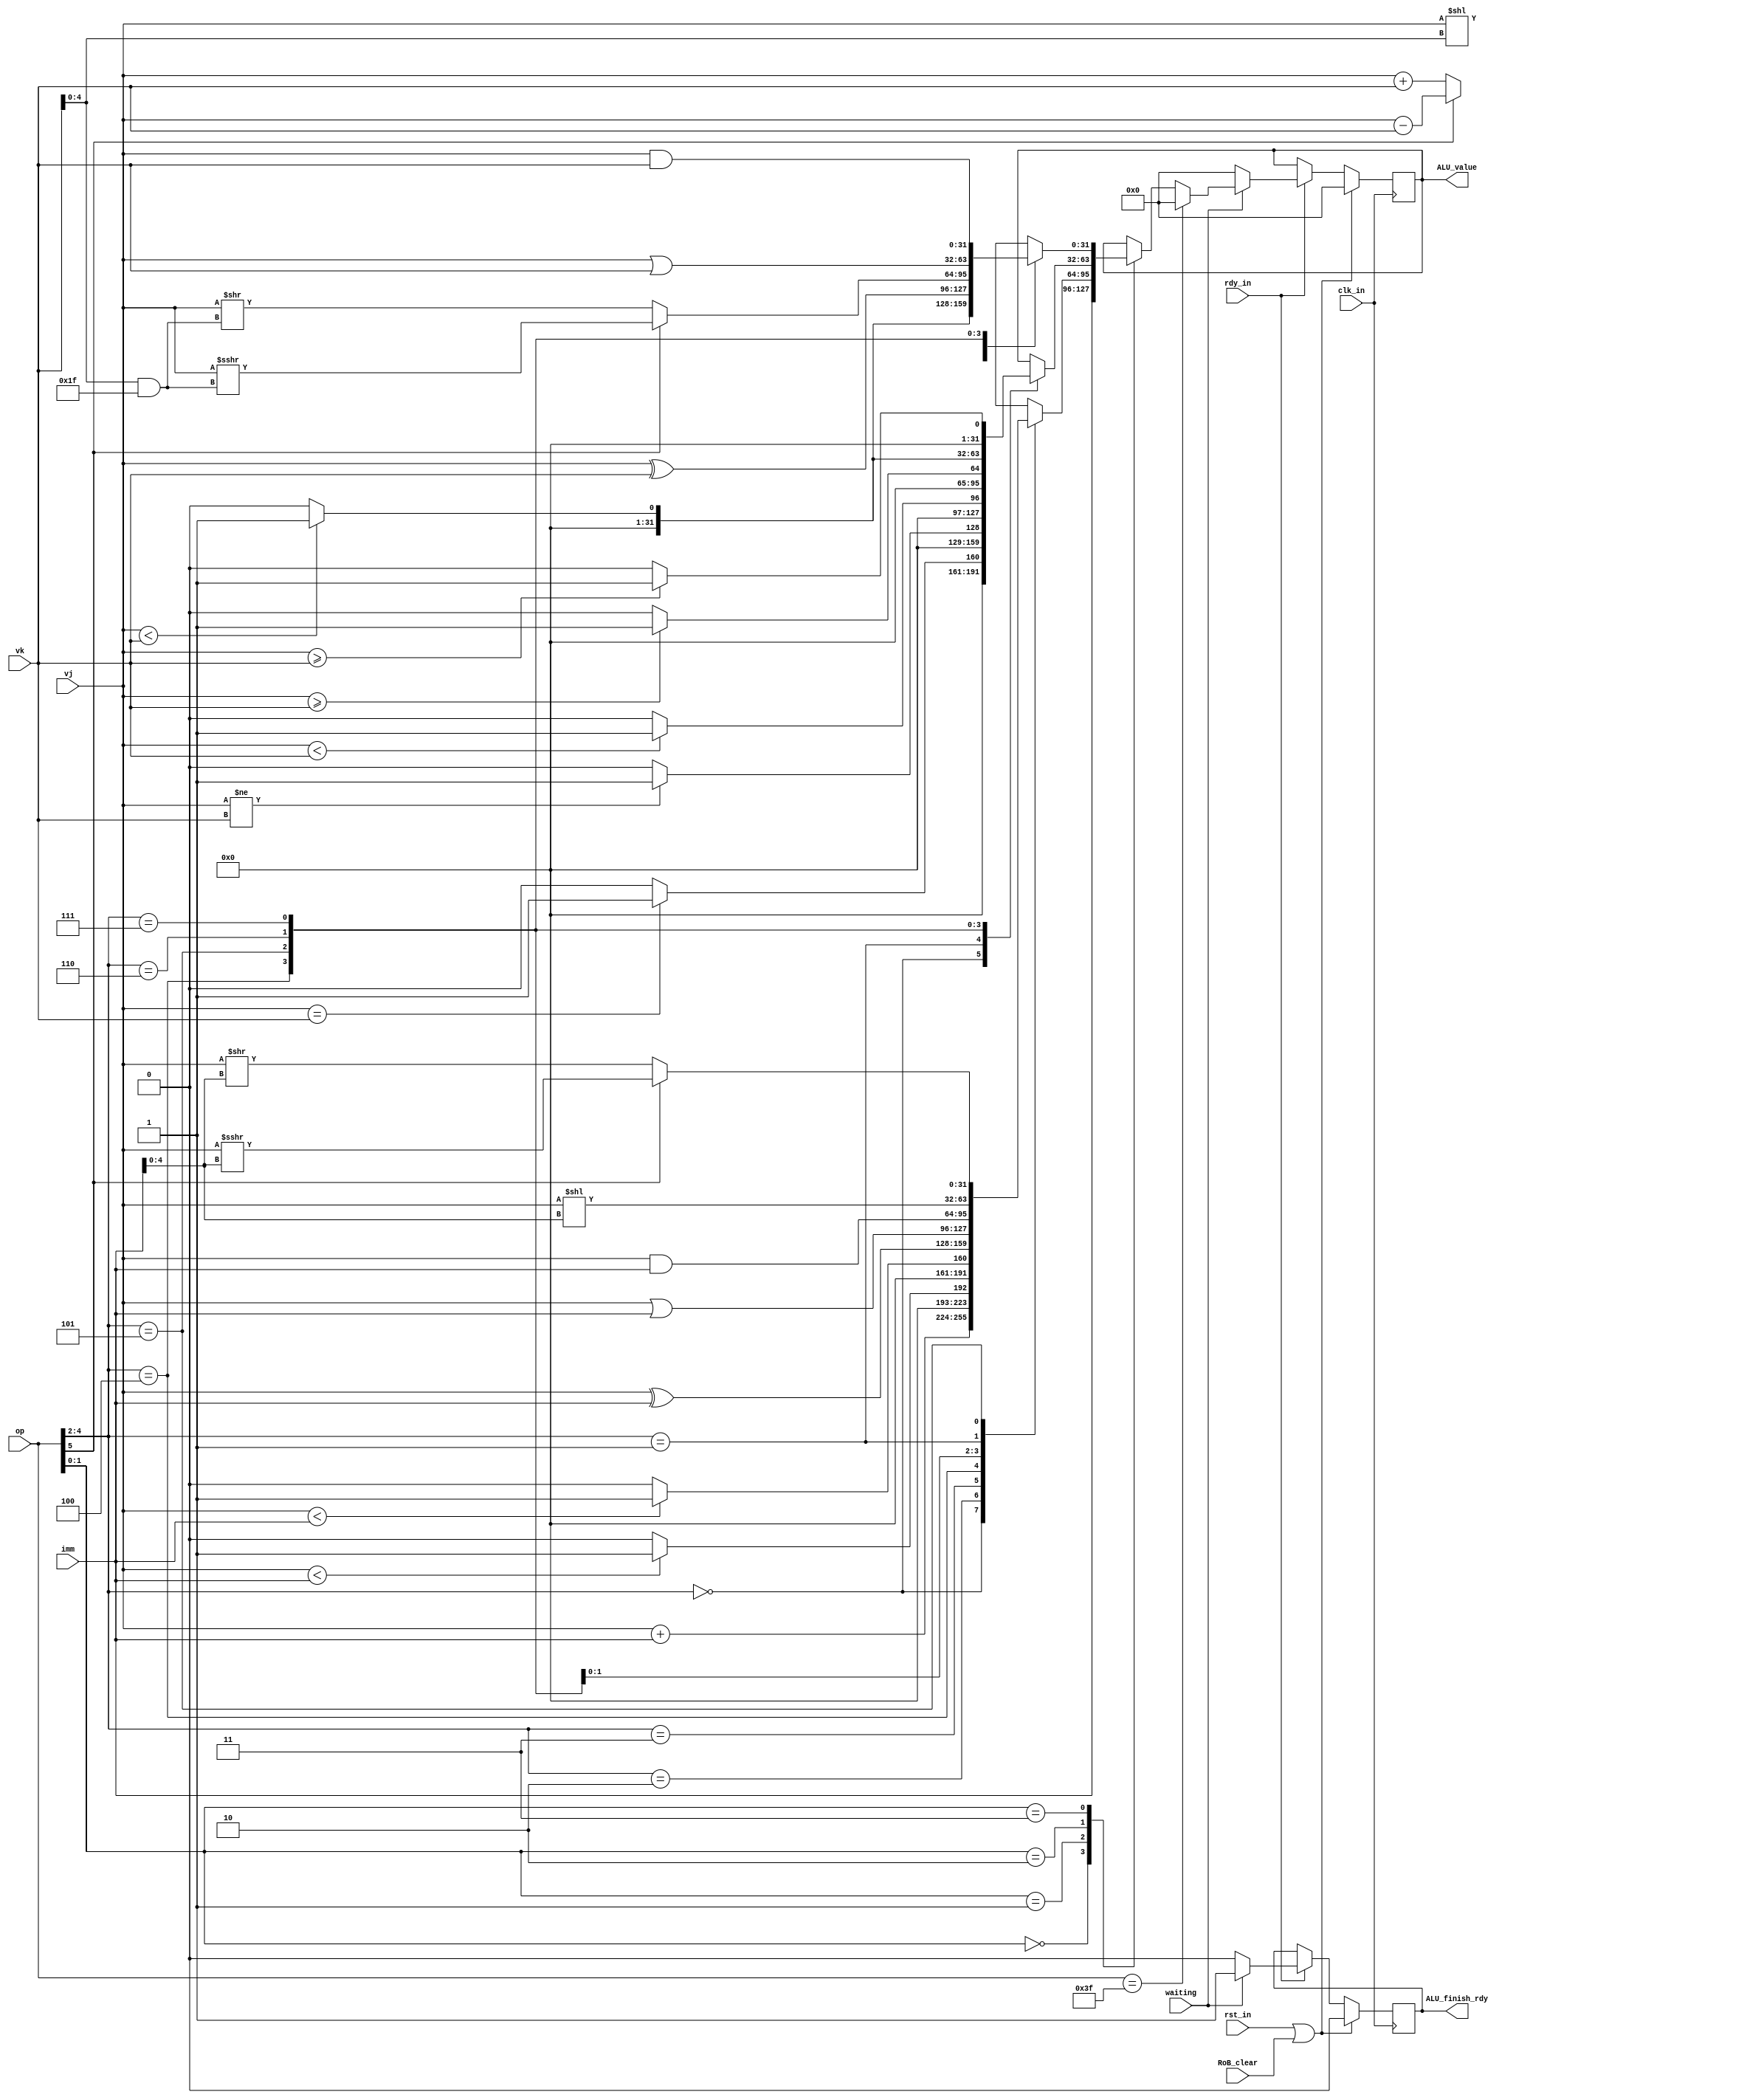
module ALU (
    input wire clk_in,  // system clock signal
    input wire rst_in,  // reset signal
    input wire rdy_in,  // ready signal, pause cpu when low

    input wire [31:0] vj,
    input wire [31:0] vk,
    input wire [31:0] imm,
    input wire [ 5:0] op,
    input wire waiting,

    input wire RoB_clear,

    output wire ALU_finish_rdy,
    output wire [31:0] ALU_value
);

reg ready;
reg [31:0] value;

assign ALU_finish_rdy = ready;
assign ALU_value = value;

always @(posedge clk_in) begin
    if (rst_in || RoB_clear) begin
        ready <= 0;
        value <= 0;
    end
    else if (rdy_in) begin
        if (waiting) begin
            ready <= 1;
            if (op == 6'b111111) begin
                value <= 0;
            end
            else begin
                case (op[1:0])
                    2'd0: begin // U
                        value <= imm;
                    end
                    2'd1: begin // I
                        case (op[4:2])
                            3'b000: begin // addi
                                value <= vj + imm;
                            end
                            3'b010: begin // slti
                                value <= ($signed(vj) < $signed(imm)) ? 1 : 0;
                            end
                            3'b011: begin // sltiu
                                value <= ($unsigned(vj) < $unsigned(imm)) ? 1 : 0;
                            end
                            3'b100: begin // xori
                                value <= vj ^ imm;
                            end
                            3'b110: begin // ori
                                value <= vj | imm;
                            end
                            3'b111: begin // andi
                                value <= vj & imm;
                            end
                            3'b001: begin // slli
                                value <= vj << imm[4:0];
                            end
                            3'b101: begin // srli, srai
                                if (op[5]) begin
                                    value <= vj >>> imm[4:0]; // srai 
                                end
                                else begin
                                    value <= vj >> imm[4:0]; // srli
                                end
                            end
                        endcase
                    end
                    2'd2: begin // B
                        case (op[4:2])
                            3'b000: begin // beq
                                value <= (vj == vk) ? 1 : 0;
                            end
                            3'b001: begin // bne
                                value <= (vj != vk) ? 1 : 0;
                            end
                            3'b100: begin // blt
                                value <= ($signed(vj) < $signed(vk)) ? 1 : 0;
                            end
                            3'b101: begin // bge
                                value <= ($signed(vj) >= $signed(vk)) ? 1 : 0;
                            end
                            3'b110: begin // bltu
                                value <= ($unsigned(vj) < $unsigned(vk)) ? 1 : 0;
                            end
                            3'b111: begin // bgeu
                                value <= ($unsigned(vj) >= $unsigned(vk)) ? 1 : 0;
                            end
                        endcase
                    end
                    2'd3: begin // R
                        case (op[4:2])
                            3'b000: begin // add, sub
                                if (op[5]) begin
                                    value <= vj - vk; // sub
                                end
                                else begin
                                    value <= vj + vk; // add
                                end
                            end
                            3'b001: begin // sll
                                value <= vj << (vk[4:0]);
                            end
                            3'b010: begin // slt
                                value <= ($signed(vj) < $signed(vk)) ? 1 : 0;
                            end
                            3'b011: begin // sltu
                                value <= ($unsigned(vj) < $unsigned(vk)) ? 1 : 0;
                            end
                            3'b100: begin // xor
                                value <= vj ^ vk;
                            end
                            3'b101: begin // srl, sra
                                if (op[5]) begin
                                    value <= vj >>> (vk[4:0] & 5'h1f); // sra
                                end
                                else begin
                                    value <= vj >> (vk[4:0] & 5'h1f); // srl
                                end
                            end
                            3'b110: begin // or
                                value <= vj | vk;
                            end
                            3'b111: begin // and
                                value <= vj & vk;
                            end
                        endcase
                    end
                endcase
            end
        end
        else begin
            ready <= 0;
            value <= 0;
        end
    end
end

endmodule